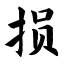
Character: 损